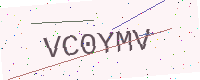
Text: VC0YMV